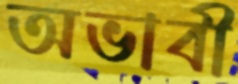
অভাবী